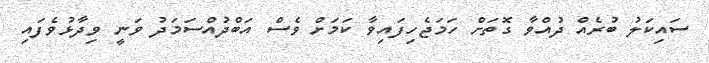
ސައިކަލު ބުރެއް ދުއްވާ ގޮތަށް ހަމަޖެހިފައިވާ ކަމަށް ވެސް އަބްދުއްސަމަދު ވަނީ ވިދާޅުވެފައި